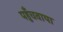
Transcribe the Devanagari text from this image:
पहुँचवाया